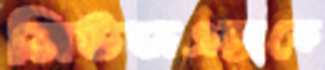
নিউজএক্সকে